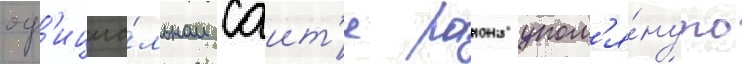
оф'ициа́льном саит'е раиона упом'я́нуто